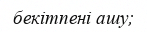
бекітпені ашу;